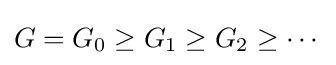
G=G_{0}\geq G_{1}\geq G_{2}\geq \cdots